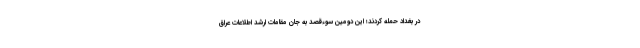
در بغداد حمله کردند؛ این دومین سوءقصد به جان مقامات ارشد اطلاعات عراق